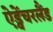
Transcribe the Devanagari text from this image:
ऐड्वेंचरलैंड